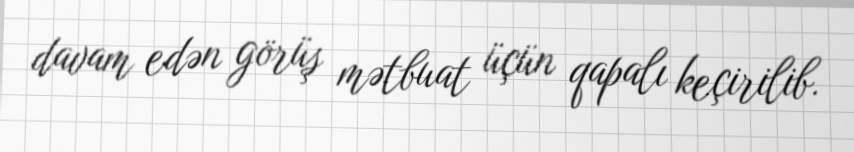
davam edən görüş mətbuat üçün qapalı keçirilib.